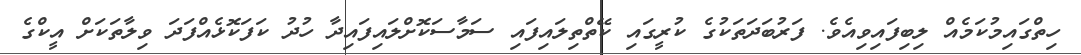
ހިތްގައިމުކަމެއް ލިބިފައިވިއެވެ. ފަރުބަދަތަކުގެ ކުރީގައި ކޭތްތިލައިފައި ސަމާސަކޮށްލައިފައިދާ ހުދު ކަފަކޮޅެއްފަދަ ވިލާތަކަށް އީކްގެ